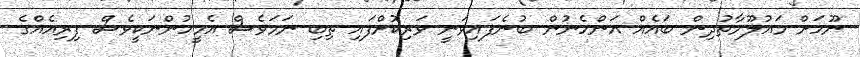
ނޫހަށް މައުލޫމާތުދިން ބައެއް އަންހެނުން ބުނެފައިވަނީ ވަރިކޮށްފައި ތިބި ނަމަވެސް އެމީހުންނަކީވެސް ފިރިއެއްގެ